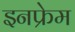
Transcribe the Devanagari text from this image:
इनफ्रेम